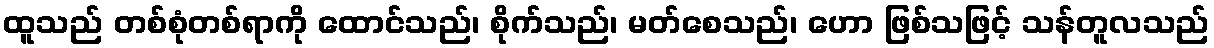
ထူသည် တစ်စုံတစ်ရာကို ထောင်သည်၊ စိုက်သည်၊ မတ်စေသည်၊ ဟော ဖြစ်သဖြင့် သန်တူလသည်